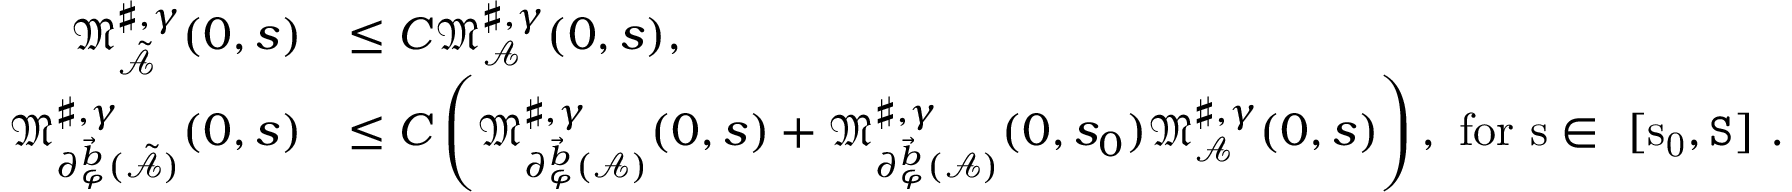
\begin{array} { r l } { \mathfrak { M } _ { \tilde { \mathcal { A } } } ^ { \sharp , \gamma } ( 0 , s ) } & { \le C \mathfrak { M } _ { \mathcal { A } } ^ { \sharp , \gamma } ( 0 , s ) , } \\ { \mathfrak { M } _ { \partial _ { \varphi } ^ { \vec { b } } ( \tilde { \mathcal { A } } ) } ^ { \sharp , \gamma } ( 0 , s ) } & { \le C \left( \mathfrak { M } _ { \partial _ { \varphi } ^ { \vec { b } } ( \mathcal { A } ) } ^ { \sharp , \gamma } ( 0 , s ) + \mathfrak { M } _ { \partial _ { \varphi } ^ { \vec { b } } ( \mathcal { A } ) } ^ { \sharp , \gamma } ( 0 , s _ { 0 } ) \mathfrak { M } _ { \mathcal { A } } ^ { \sharp , \gamma } ( 0 , s ) \right) , \mathrm { ~ f o r ~ s \in ~ [ s _ 0 , \mathtt { S } ] ~ . } } \end{array}